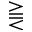
\gtreqqless